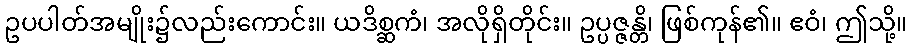
ဥပပါတ်အမျိုး၌လည်းကောင်း။ ယဒိစ္ဆကံ၊ အလိုရှိတိုင်း။ ဥပ္ပဇ္ဇန္တိ၊ ဖြစ်ကုန်၏။ ဧဝံ၊ ဤသို့။